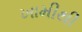
ખામીથી